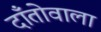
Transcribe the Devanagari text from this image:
दाँतोवाला